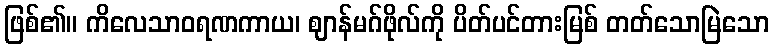
ဖြစ်၏။ ကိလေသာဝရဏကာယ၊ ဈာန်မဂ်ဖိုလ်ကို ပိတ်ပင်တားမြစ် တတ်သောမြဲသော